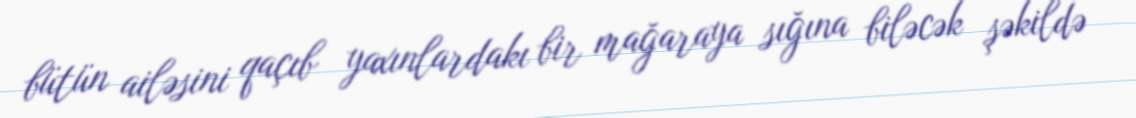
bütün ailəsini qaçıb yaxınlardakı bir mağaraya sığına biləcək şəkildə